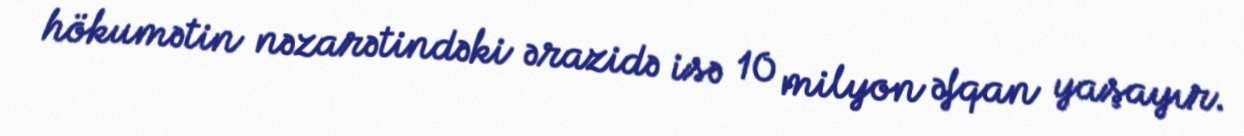
hökumətin nəzarətindəki ərazidə isə 10 milyon əfqan yaşayır.